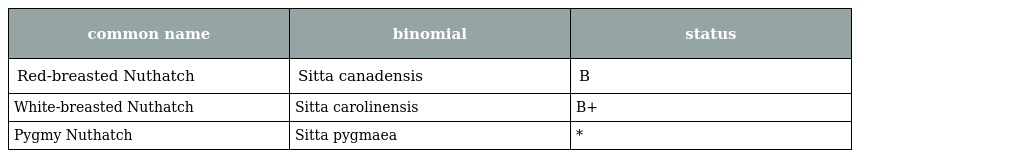
| common name | binomial | status |
 | --- | --- | --- |
 | Red-breasted Nuthatch | Sitta canadensis | B |
 | White-breasted Nuthatch | Sitta carolinensis | B+ |
 | Pygmy Nuthatch | Sitta pygmaea | * |